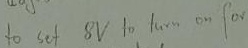
Text: to set 8V to turn on for